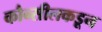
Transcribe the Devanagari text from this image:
कौन्सीलकडून